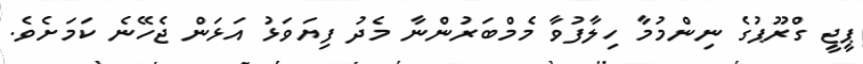
ޕީޖީ ގްރޫޕުގެ ނިންމުމާ ހިލާފުވާ މެމްބަރުންނާ މެދު ފިޔަވަޅު އަޅަން ޖެހޭނެ ކަމަށެވެ.